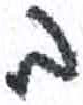
אות: ב